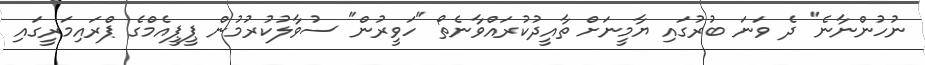
ނުހުންނާނެ" ދެ ވަނަ ބުރުގައި ޔާމީނަށް ތާއީދުކުރައްވާނެތޯ "ހަވީރުން" ސުވާލުކުރުމުން ޕީޕީއެމްގެ ޕްރައިމަރީގައި